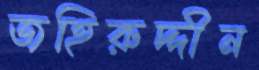
জহিরুদ্দীন